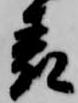
表